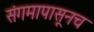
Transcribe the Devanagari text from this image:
संगमापासूनच